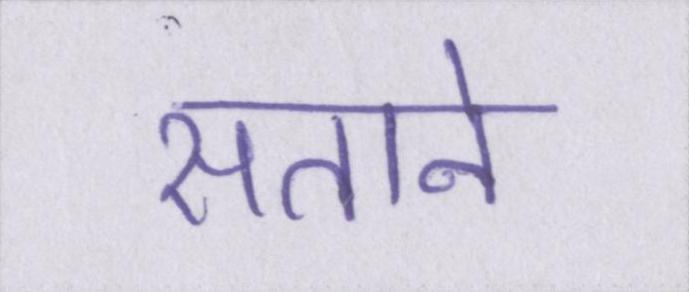
सताने